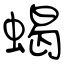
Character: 蝎